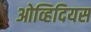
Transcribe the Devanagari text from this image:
ओव्हिदियस